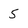
Character: 5